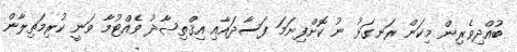
ބުއްދިވެރިން މިކަން ރަނގަޅު ނު ކޮށްފިނަމަ ފަސާދައާއި އިޤްތިޞާދު ވެއްޓުމާ ވަނީ ކުރިމަތިލާން